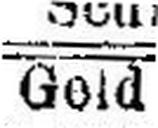
Geld